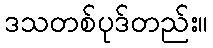
ဒသတစ်ပုဒ်တည်း။